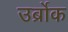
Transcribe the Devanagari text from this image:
उर्ब्रोक